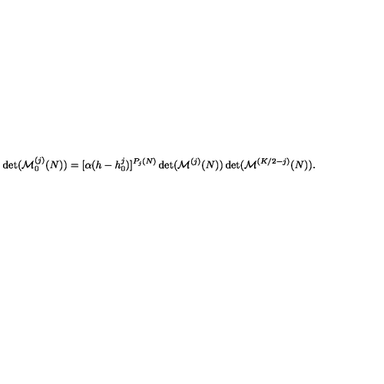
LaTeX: \det ( { \cal M } _ { 0 } ^ { ( j ) } ( N ) ) = [ \alpha ( h - h _ { 0 } ^ { j } ) ] ^ { P _ { j } ( N ) } \det ( { \cal M } ^ { ( j ) } ( N ) ) \det ( { \cal M } ^ { ( K / 2 - j ) } ( N ) ) { } .